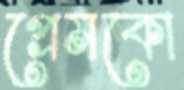
প্রেমকো